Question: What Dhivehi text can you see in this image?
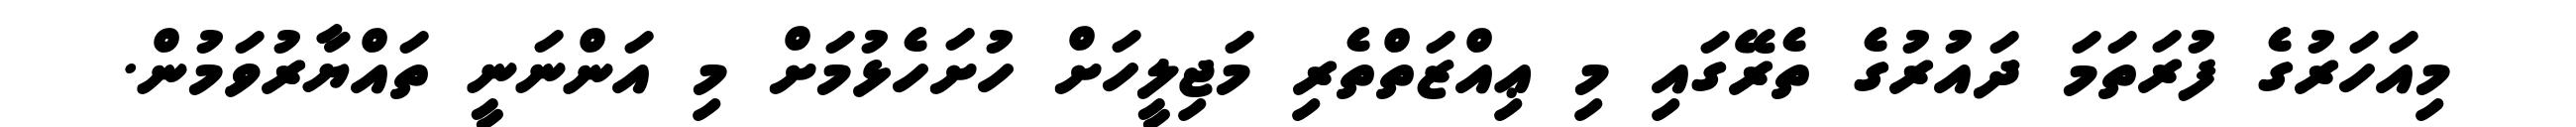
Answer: މިއަހަރުގެ ފުރަތަމަ ދައުރުގެ ތެރޭގައި މި ޢިއްޒަތްތެރި މަޖިލީހަށް ހުށަހެޅުމަށް މި އަންނަނީ ތައްޔާރުވަމުން.